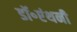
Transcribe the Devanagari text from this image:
डॉ॰एंथनी